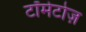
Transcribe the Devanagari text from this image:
टॉमेटोज़